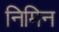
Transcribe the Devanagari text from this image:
निमिन